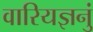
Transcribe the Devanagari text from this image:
वारियज्ञनुं